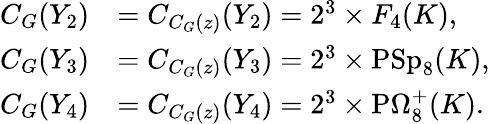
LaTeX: \begin{array}{rl}{C_{G}(Y_{2})}&{=C_{C_{G}(z)}(Y_{2})=2^{3}\times F_{4}(K),}\\ {C_{G}(Y_{3})}&{=C_{C_{G}(z)}(Y_{3})=2^{3}\times\mathrm{PSp}_{8}(K),}\\ {C_{G}(Y_{4})}&{=C_{C_{G}(z)}(Y_{4})=2^{3}\times\mathrm{P}\Omega_{8}^{+}(K).}\end{array}